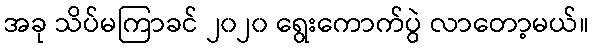
အခု သိပ်မကြာခင် ၂၀၂၀ ရွေးကောက်ပွဲ လာတော့မယ်။